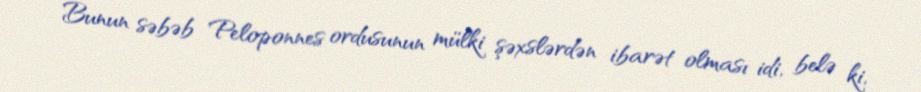
Bunun səbəb Peloponnes ordusunun mülki şəxslərdən ibarət olması idi, belə ki,